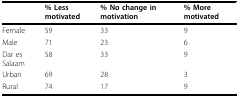
<table><thead><tr><td>[EMPTY_CELL]</td><td><b>% Less motivated</b></td><td><b>% No change in motivation</b></td><td><b>% More motivated</b></td></tr></thead><tbody><tr><td>Female</td><td>59</td><td>33</td><td>9</td></tr><tr><td>Male</td><td>71</td><td>23</td><td>6</td></tr><tr><td>Dar es Salaam</td><td>58</td><td>33</td><td>9</td></tr><tr><td>Urban</td><td>69</td><td>28</td><td>3</td></tr><tr><td>Rural</td><td>74</td><td>17</td><td>9</td></tr></tbody></table>